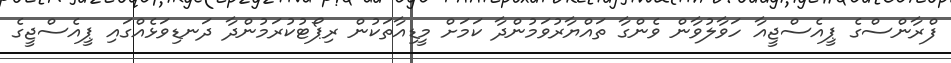
ފްރާންސްގެ ޕީއެސްޖީއާ ހަވާލުވާން ވެންގާ ތައްޔާރުވަމުންދާ ކަމަށް މީޑިއާތަކުން ރިޕޯޓުކުރަމުންދާ ދަނޑިވަޅެއްގައި ޕީއެސްޖީގެ